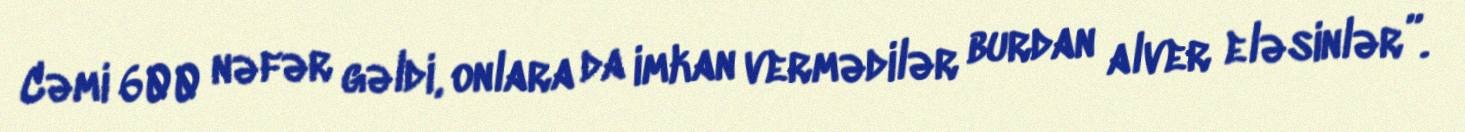
Cəmi 600 nəfər gəldi, onlara da imkan vermədilər burdan alver eləsinlər”.